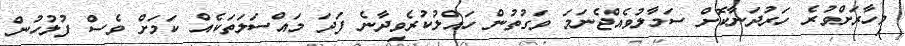
މިހާރަށްވުރެ ހަރުދަނާކޮށް ސަމާލުވެއްޖެނަމަ ވަގުތުން ހައްލުކުރެވިދާނެ ފަދަ މައްސަލަތަކެއް ކަމަށް ވެސް ފުލުހުން